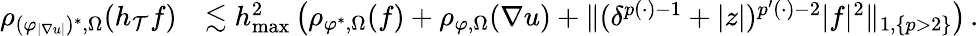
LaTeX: \begin{array}{r}{\begin{array}{rl}{\rho_{(\varphi_{\smash{\vert\nabla u\vert}})^{*},\Omega}(h_{\mathcal{T}}f)}&{\lesssim h_{\operatorname*{max}}^{2}\, \big(\rho_{\varphi^{*},\Omega}(f)+\rho_{\varphi,\Omega}(\nabla u)+\| (\delta^{p(\cdot)-1}+\vert z\vert)^{p^{\prime}(\cdot)-2}\vert f\vert^{2}\| _{1,\{ p>2\} }\big)\, .}\end{array}}\end{array}